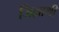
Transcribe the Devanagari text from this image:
जिल्लाथी